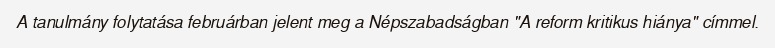
A tanulmány folytatása februárban jelent meg a Népszabadságban "A reform kritikus hiánya" címmel.